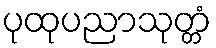
ပုထုပညာသုတ္တံ